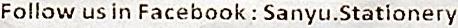
FOLLOW US IN FACEBOOK : SANYU.STATIONERY